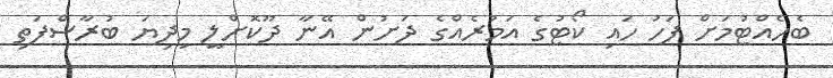
ބެހެއްޓުމަށް ފަހު ހައި ކޯޓުގެ އަމުރެއްގެ ދަށުން އޭނާ ދޫކޮށްލީ މިދިޔަ ބުރާސްފަތި